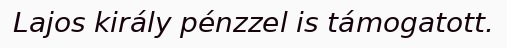
Lajos király pénzzel is támogatott.